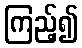
ကြည့်၍